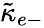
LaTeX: {\tilde{\kappa}}_{e-}